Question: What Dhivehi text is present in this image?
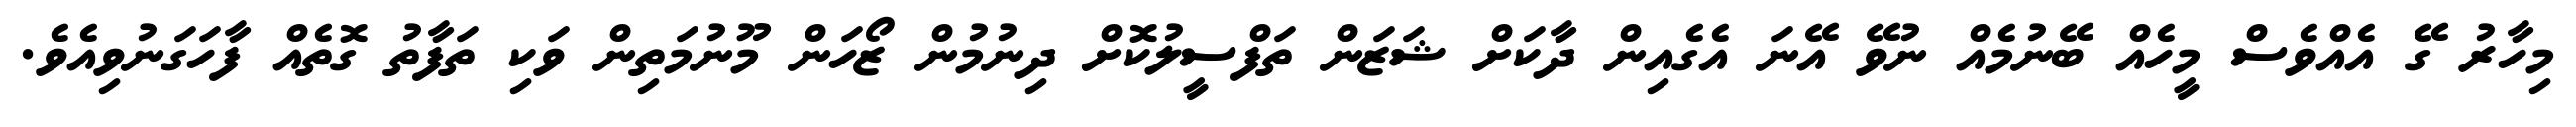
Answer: މިހާރު ގޭ އެއްވެސް މީހެއް ބޭނުމެއް ނުވޭ އޭނަ އެގެއިން ދާކަށް ޝަޒަން ތަފްސީލުކޮށް ދިނުމުން ޒޯހަން މޫނުމަތިން ވަކި ތަފާތު ގޮތެއް ފާހަގަނުވިއެވެ.